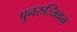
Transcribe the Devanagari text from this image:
पुनरुज्जिवन